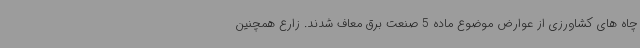
چاه های کشاورزی از عوارض موضوع ماده 5 صنعت برق معاف شدند. زارع همچنین